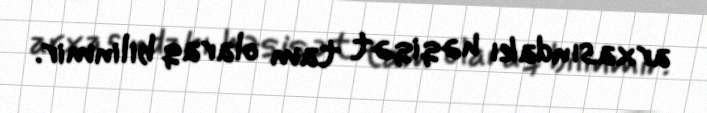
arxasındakı həqiqət tam olaraq bilinmir.